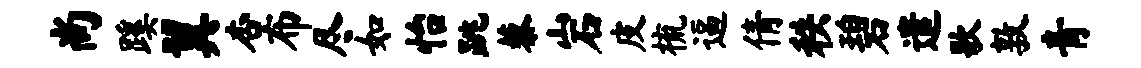
尚蹊翼杏布尽如怡跳藜岩皮梳逼倩秩碧遣歌敦青